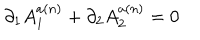
\partial _ { 1 } A _ { 1 } ^ { a ( n ) } + \partial _ { 2 } A _ { 2 } ^ { a ( n ) } = 0